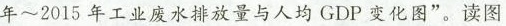
年~2015 年工业废水排放量与人均 GDP 变化图”。读图